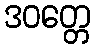
ဒဝတ္တေ